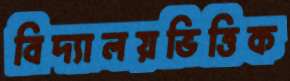
বিদ্যালয়ভিত্তিক